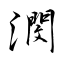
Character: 潣